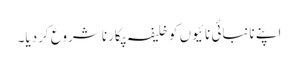
اپنے نانبائی نائیوں کو خلیفہ پکارنا شروع کردیا۔